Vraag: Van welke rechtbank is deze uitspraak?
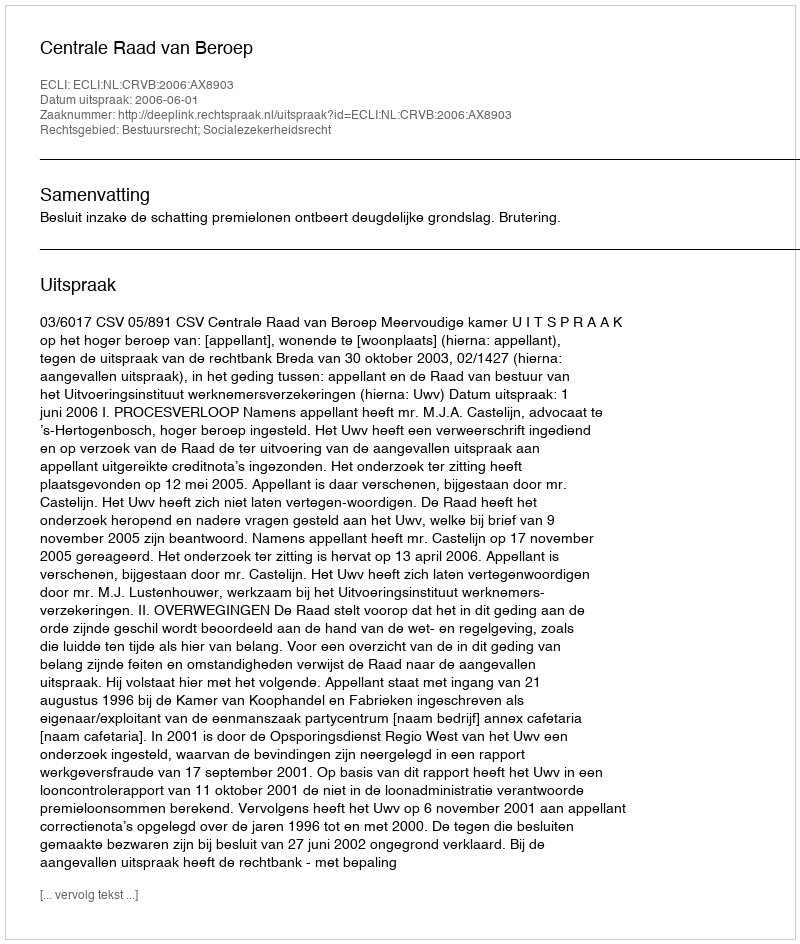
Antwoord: Centrale Raad van Beroep